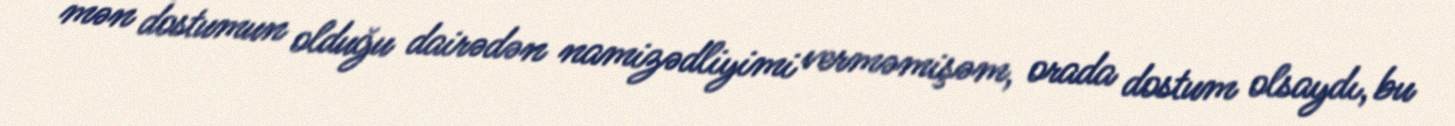
mən dostumun olduğu dairədən namizədliyimi verməmişəm, orada dostum olsaydı, bu